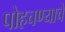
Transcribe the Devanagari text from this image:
पोहचण्याचे